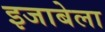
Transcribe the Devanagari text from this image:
इजाबेला